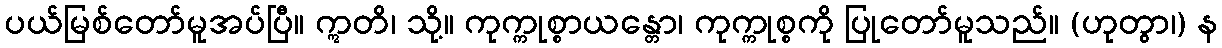
ပယ်မြစ်တော်မူအပ်ပြီ။ ဣတိ၊ သို့။ ကုက္ကုစ္စာယန္တော၊ ကုက္ကုစ္စကို ပြုတော်မူသည်။ (ဟုတွာ၊) န